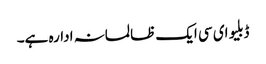
ڈبلیو ای سی ایک ظالمانہ ادارہ ہے۔